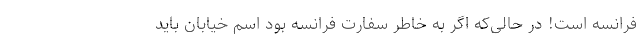
فرانسه است! در حالی‌که اگر به خاطر سفارت فرانسه بود اسم خیابان باید